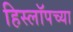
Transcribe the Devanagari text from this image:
हिस्लॉपच्या